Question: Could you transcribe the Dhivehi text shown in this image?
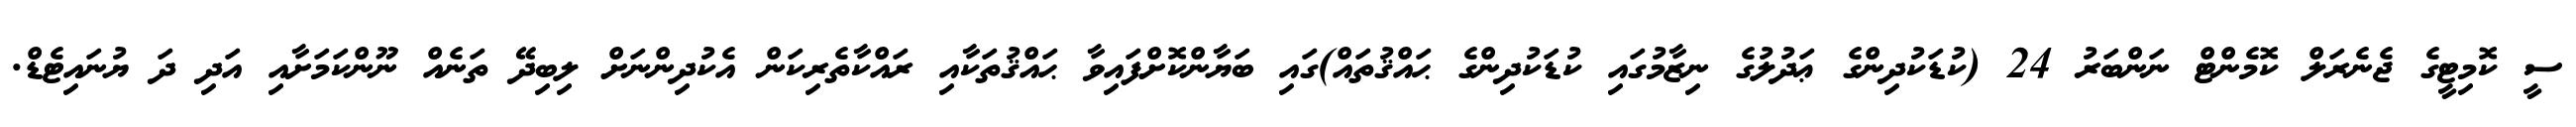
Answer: ސީ ކޮމިޓީގެ ޖެނެރަލް ކޮމެންޓް ނަންބަރު 24 (ކުޑަކުދިންގެ ޢަދުލުގެ ނިޒާމުގައި ކުޑަކުދިންގެ ޙައްޤުތައް)ގައި ބަޔާންކޮށްފައިވާ ޙައްޤުތަކާއި ރައްކާތެރިކަން އެކުދިންނަށް ލިބިދޭ ތަނެއް ނޫންކަމަށާއި އަދި ދަ ޔުނައިޓެޑް.